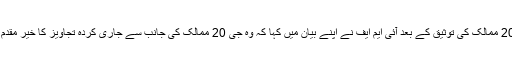
جبکہ جی 20 ممالک کی توثیق کے بعد آئی ایم ایف نے اپنے بیان میں کہا کہ وہ جی 20 ممالک کی جانب سے جاری کردہ تجاویز کا خیر مقدم کرتے ہیں۔